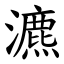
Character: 瀌